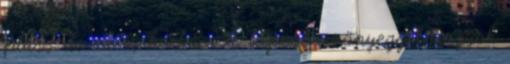
plüss de ez is korhű. A taposó szönyeggel vagyok